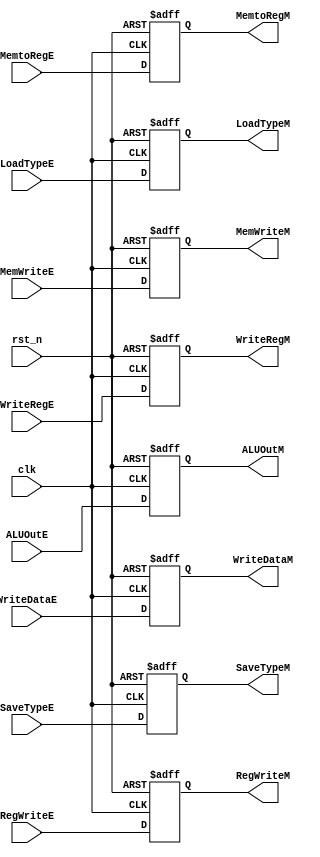
`timescale 1ns / 1ps
//////////////////////////////////////////////////////////////////////////////////
// Company: 
// Engineer: 
// 
// Design Name: 
// Module Name:    EX_MEM 
// Project Name: 
// Target Devices: 
// Tool versions: 
// Description: 
//
// Dependencies: 
//
// Revision: 
// Revision 0.01 - File Created
// Additional Comments: 
//
//////////////////////////////////////////////////////////////////////////////////
module EX_MEM(
	input clk,
	input rst_n,

	input RegWriteE,
	output reg RegWriteM,
	input MemtoRegE,
	output reg MemtoRegM,
	input MemWriteE,
	output reg MemWriteM,
	input [31:0]ALUOutE,
	output reg [31:0]ALUOutM,
	input [31:0]WriteDataE,
	output reg [31:0]WriteDataM,
	input [4:0]WriteRegE,
	output reg [4:0]WriteRegM,
	input [2:0]LoadTypeE,
	output reg [2:0]LoadTypeM,
	input [1:0]SaveTypeE,
	output reg [1:0]SaveTypeM
    );
	
	always @(posedge clk or negedge rst_n) begin
		if (~rst_n) begin
			RegWriteM<=0;
			MemtoRegM<=0;
			MemWriteM<=0;
			ALUOutM<=0;
			WriteDataM<=0;
			WriteRegM<=0;
			LoadTypeM<=0;
			SaveTypeM<=0;
		end
		else begin
			RegWriteM<=RegWriteE;
			MemtoRegM<=MemtoRegE;
			MemWriteM<=MemWriteE;
			ALUOutM<=ALUOutE;
			WriteDataM<=WriteDataE;
			WriteRegM<=WriteRegE;
			LoadTypeM<=LoadTypeE;
			SaveTypeM<=SaveTypeE;
		end
	end


endmodule